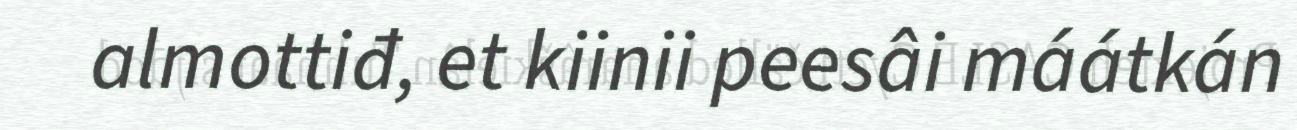
almottiđ, et kiinii peesâi máátkán